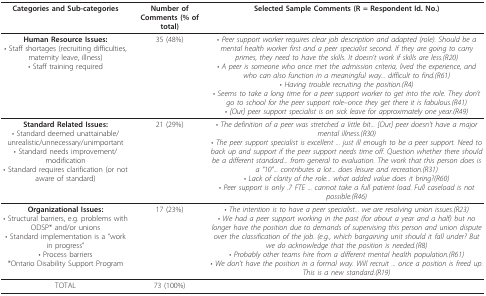
<table><thead><tr><td><b>Categories and Sub-categories</b></td><td><b>Number of Comments (% of total)</b></td><td><b>Selected Sample Comments (R = Respondent Id. No.)</b></td></tr></thead><tbody><tr><td><b>Human Resource Issues:</b>• Staff shortages (recruiting difficulties, maternity leave, illness)• Staff training required</td><td>35 (48%)</td><td>• <i>Peer support worker requires clear job description and adapted (role). Should be a mental health worker first and a peer specialist second. If they are going to carry primes, they need to have the skills. It doesn&#x27;t work if skills are less.(R20)</i>• <i>A peer is someone who once met the admission criteria, lived the experience, and who can also function in a meaningful way... difficult to find.(R61)</i>• <i>Having trouble recruiting the position.(R4)</i>• <i>Seems to take a long time for a peer support worker to get into the role. They don&#x27;t go to school for the peer support role--once they get there it is fabulous.(R41)</i>• <i>[Our] peer support specialist is on sick leave for approximately one year.(R49)</i></td></tr><tr><td><b>Standard Related Issues:</b>• Standard deemed unattainable/unrealistic/unnecessary/unimportant• Standard needs improvement/modification• Standard requires clarification (or not aware of standard)</td><td>21 (29%)</td><td>• <i>The definition of a peer was stretched a little bit... [Our] peer doesn&#x27;t have a major mental illness.(R30)</i>• <i>The peer support specialist is excellent ... just ill enough to be a peer support. Need to back up and support if the peer support needs time off. Question whether there should be a different standard... from general to evaluation. The work that this person does is a &quot;10&quot;... contributes a lot... does leisure and recreation.(R31)</i>• <i>Lack of clarity of the role... what added value does it bring?(R60)</i>• <i>Peer support is only .7 FTE ... cannot take a full patient load. Full caseload is not possible.(R46)</i></td></tr><tr><td><b>Organizational Issues:</b>• Structural barriers, e.g. problems with ODSP* and/or unions• Standard implementation is a &quot;work in progress&quot;• Process barriers*Ontario Disability Support Program</td><td>17 (23%)</td><td>• <i>The intention is to have a peer specialist... we are resolving union issues.(R23)</i>• <i>We had a peer support working in the past (for about a year and a half) but no longer have the position due to demands of supervising this person and union dispute over the classification of the job. (e.g., which bargaining unit should it fall under? But we do acknowledge that the position is needed.(R8)</i>• <i>Probably other teams hire from a different mental health population.(R61)</i>• <i>We don&#x27;t have the position in a formal way. Will recruit ... once a position is freed up. This is a new standard.(R19)</i></td></tr><tr><td>TOTAL</td><td>73 (100%)</td><td></td></tr></tbody></table>